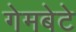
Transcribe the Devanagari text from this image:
गेमबेटे